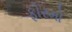
ફોરમો